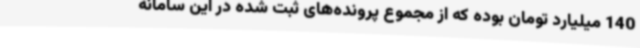
140 میلیارد تومان بوده که از مجموع پرونده‌های ثبت شده در این سامانه